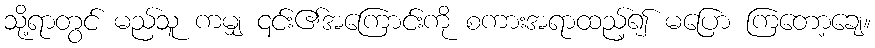
သို့ရာတွင် မည်သူ ကမျှ ၎င်း၏အကြောင်းကို စကားအရာထည့်၍ မပြော ကြတော့ချေ။